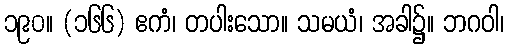
၁၉၀။ (၁၆၆) ဧကံ၊ တပါးသော။ သမယံ၊ အခါ၌။ ဘဂဝါ၊